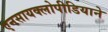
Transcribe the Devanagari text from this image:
एनसायक्लोपीडियाने